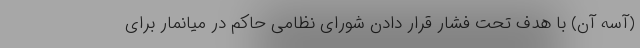
(آسه آن) با هدف تحت فشار قرار دادن شورای نظامی حاکم در میانمار برای